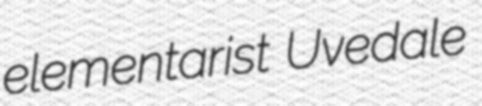
elementarist Uvedale